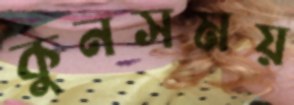
কুনসময়